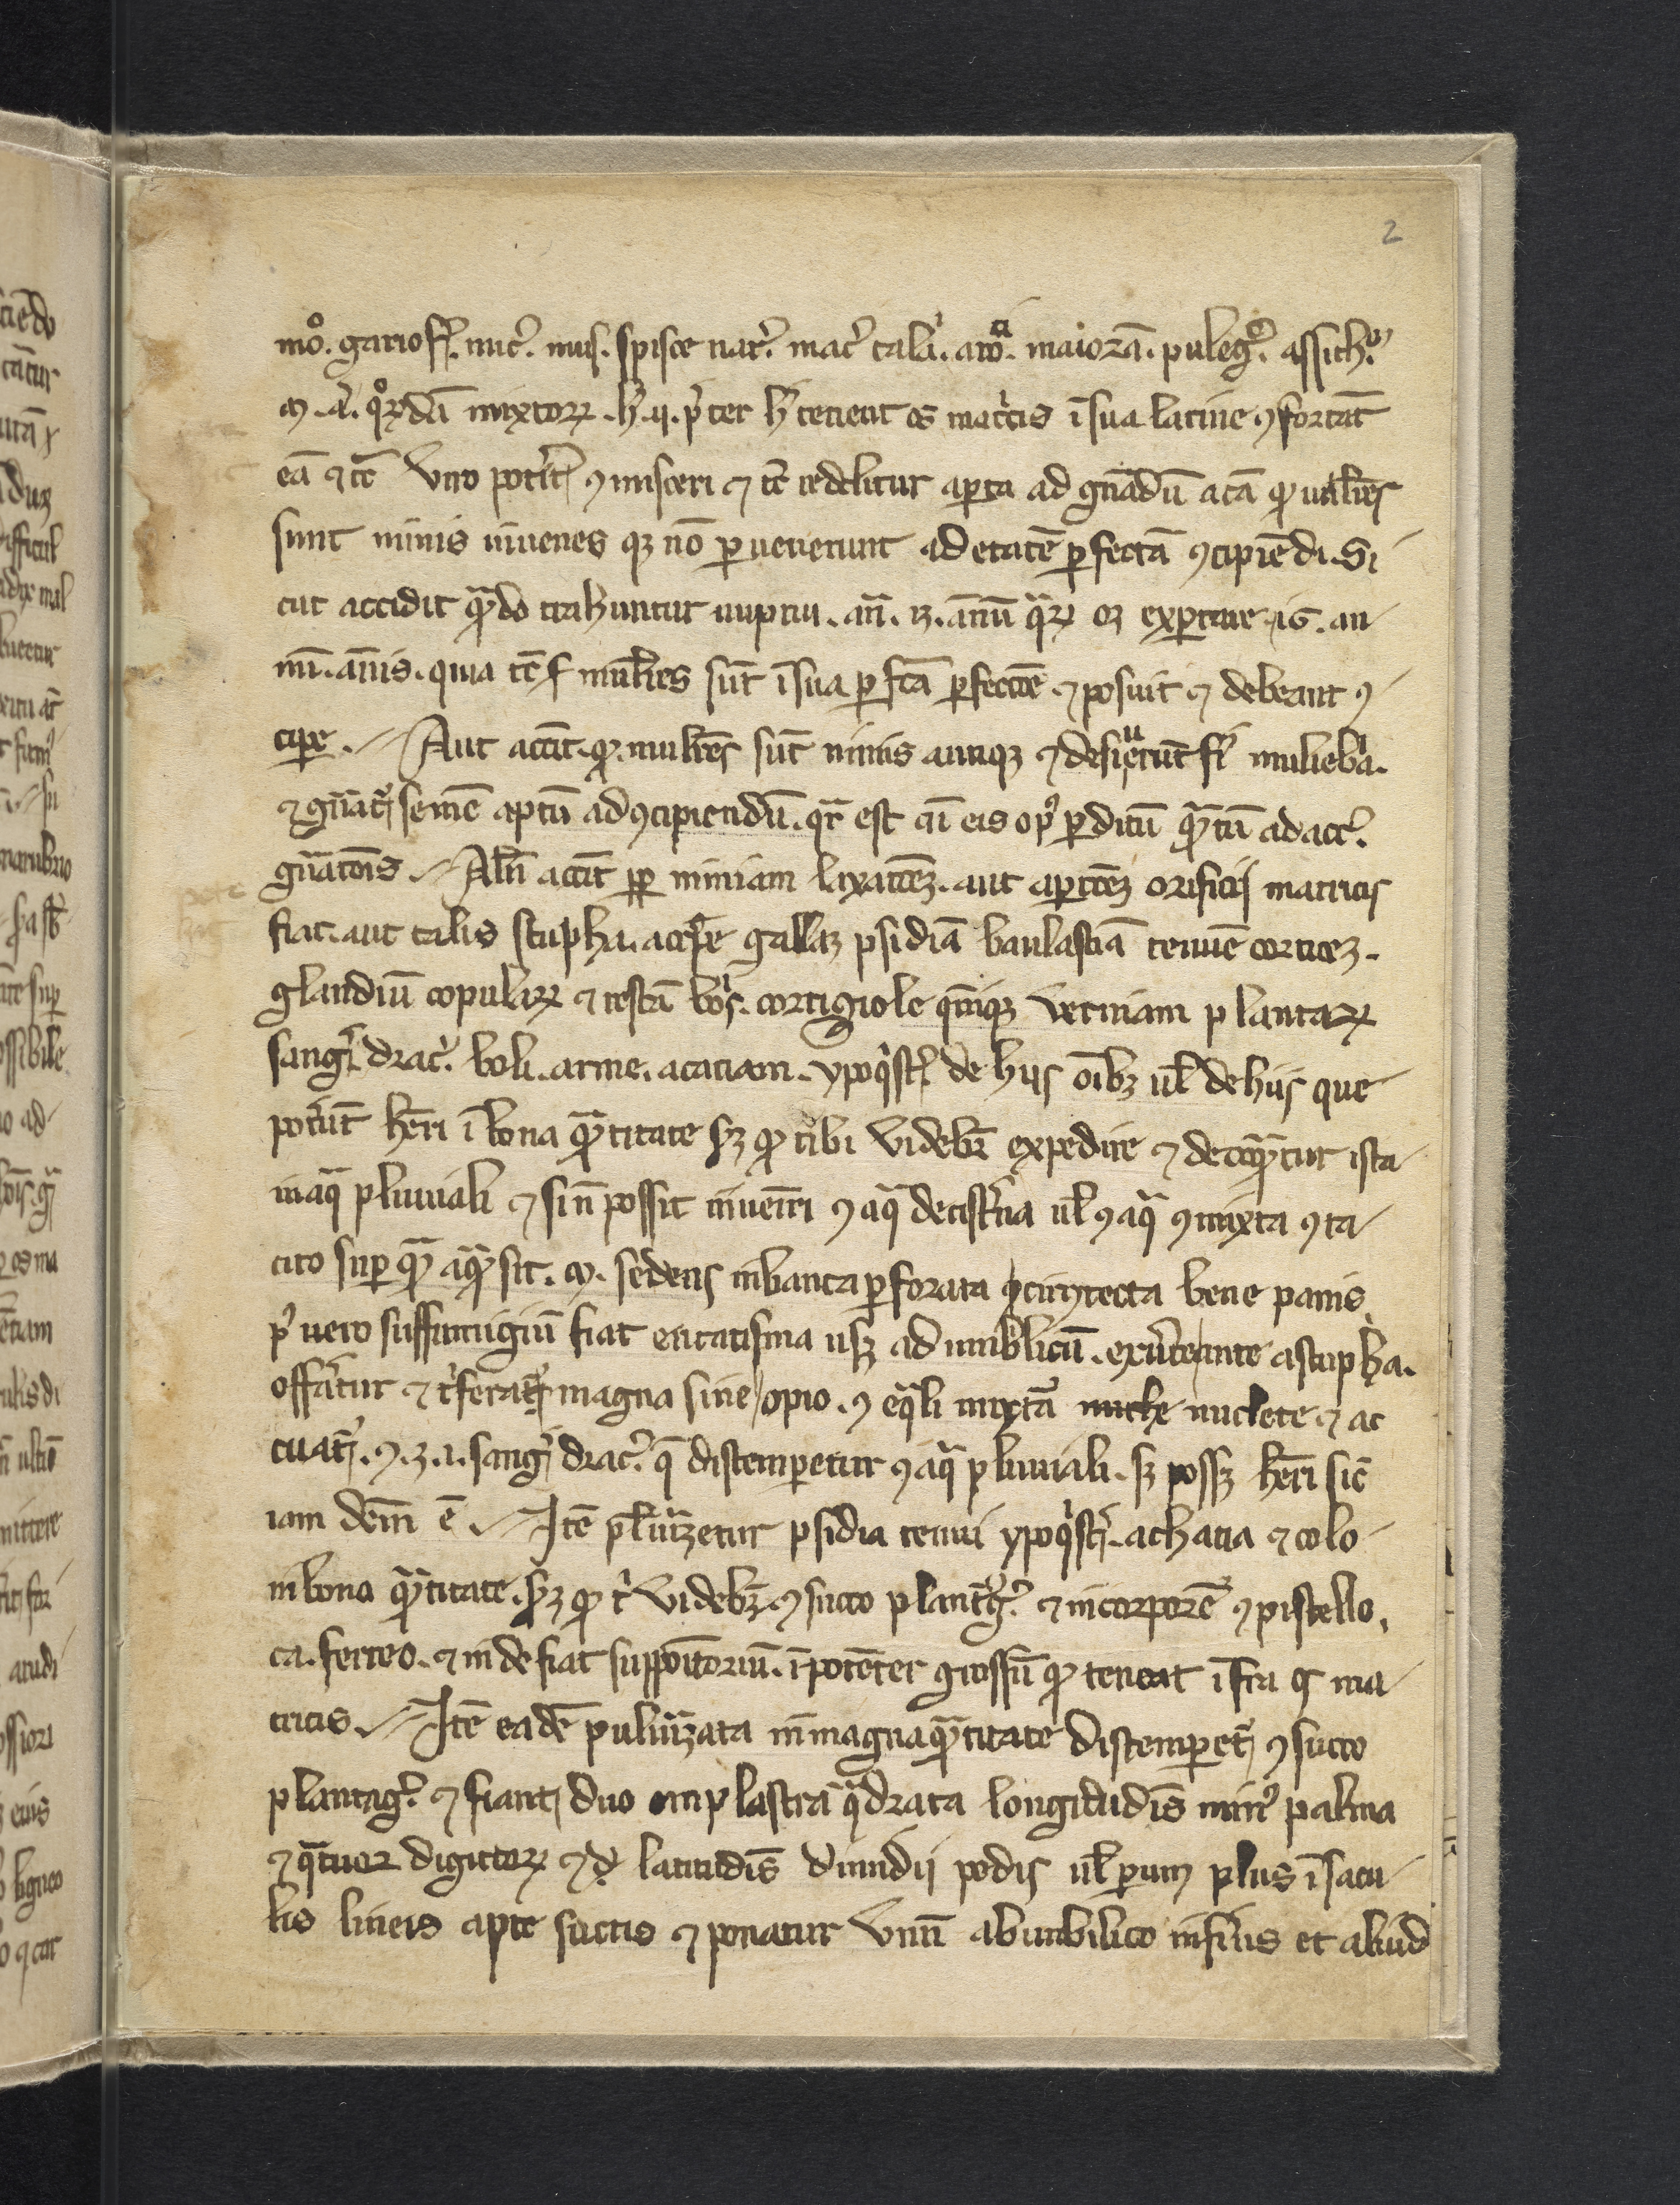
Shelfmark: Philadelphia, College of Physicians, 10a 135
Century: 14